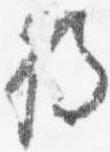
将